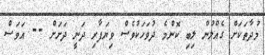
މުދާތަކަށް ގެއްލުން ލިބި ކޮންމެ ދުވަހަކުވެސް ވިޔަފާރި ދަނީ ދަށަށް -- އަވަސް